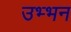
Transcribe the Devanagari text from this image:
उभ्भन